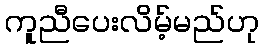
ကူညီပေးလိမ့်မည်ဟု